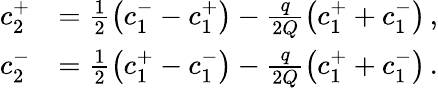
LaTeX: \begin{array}{rl}{c_{2}^{+}}&{=\frac{1}{2}\left(c_{1}^{-}-c_{1}^{+}\right)-\frac{q}{2Q}\left(c_{1}^{+}+c_{1}^{-}\right)\, ,}\\ {c_{2}^{-}}&{=\frac{1}{2}\left(c_{1}^{+}-c_{1}^{-}\right)-\frac{q}{2Q}\left(c_{1}^{+}+c_{1}^{-}\right)\, .}\end{array}